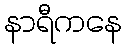
နာရီကနေ